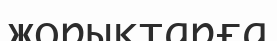
жорықтарға